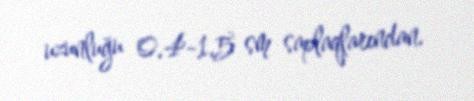
uzunluğu 0.4-1.5 sm saplaqlarından.